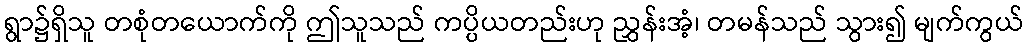
ရွာ၌ရှိသူ တစုံတယောက်ကို ဤသူသည် ကပ္ပိယတည်းဟု ညွှန်းအံ့၊ တမန်သည် သွား၍ မျက်ကွယ်